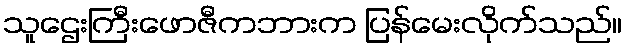
သူဌေးကြီးဖောဇီကဘားက ပြန်မေးလိုက်သည်။